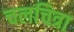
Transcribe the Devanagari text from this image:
चलचित्रा